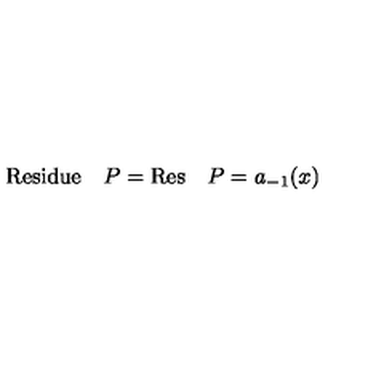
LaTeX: \mathrm { R e s i d u e } \quad P = \mathrm { R e s } \quad P = a _ { - 1 } ( x )